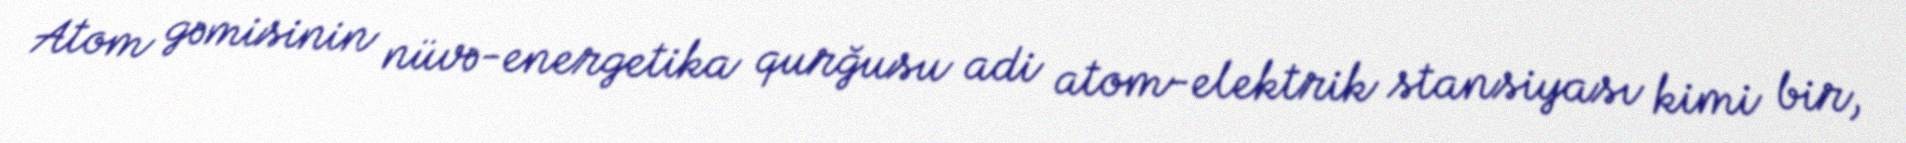
Atom gəmisinin nüvə-energetika qurğusu adi atom-elektrik stansiyası kimi bir,